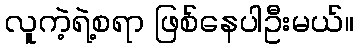
လူကဲ့ရဲ့စရာ ဖြစ်နေပါဦးမယ်။